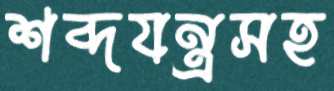
শব্দযন্ত্রসহ